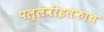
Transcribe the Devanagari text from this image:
पल्लवीइतकाच